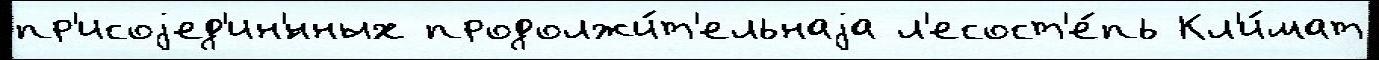
пр'исоjед'ин'́нных продолжи́т'ельнаjа л'есост'е́пь Кл'и́мат